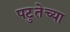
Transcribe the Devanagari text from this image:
पटुतेच्या